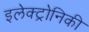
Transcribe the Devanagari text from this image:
इलेक्ट्रोनिकी